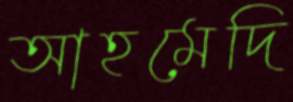
আহমেদি